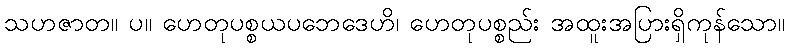
သဟဇာတ။ ပ။ ဟေတုပစ္စယပဘေဒေဟိ၊ ဟေတုပစ္စည်း အထူးအပြားရှိကုန်သော။